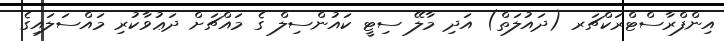
އިންފްރާސްޓްރަކްޗަރ (ދައުލަތް) އަދި މާލޭ ސިޓީ ކައުންސިލް ގެ މައްޗަށް ދަޢުވާކުރި މައްސަލައިގެ